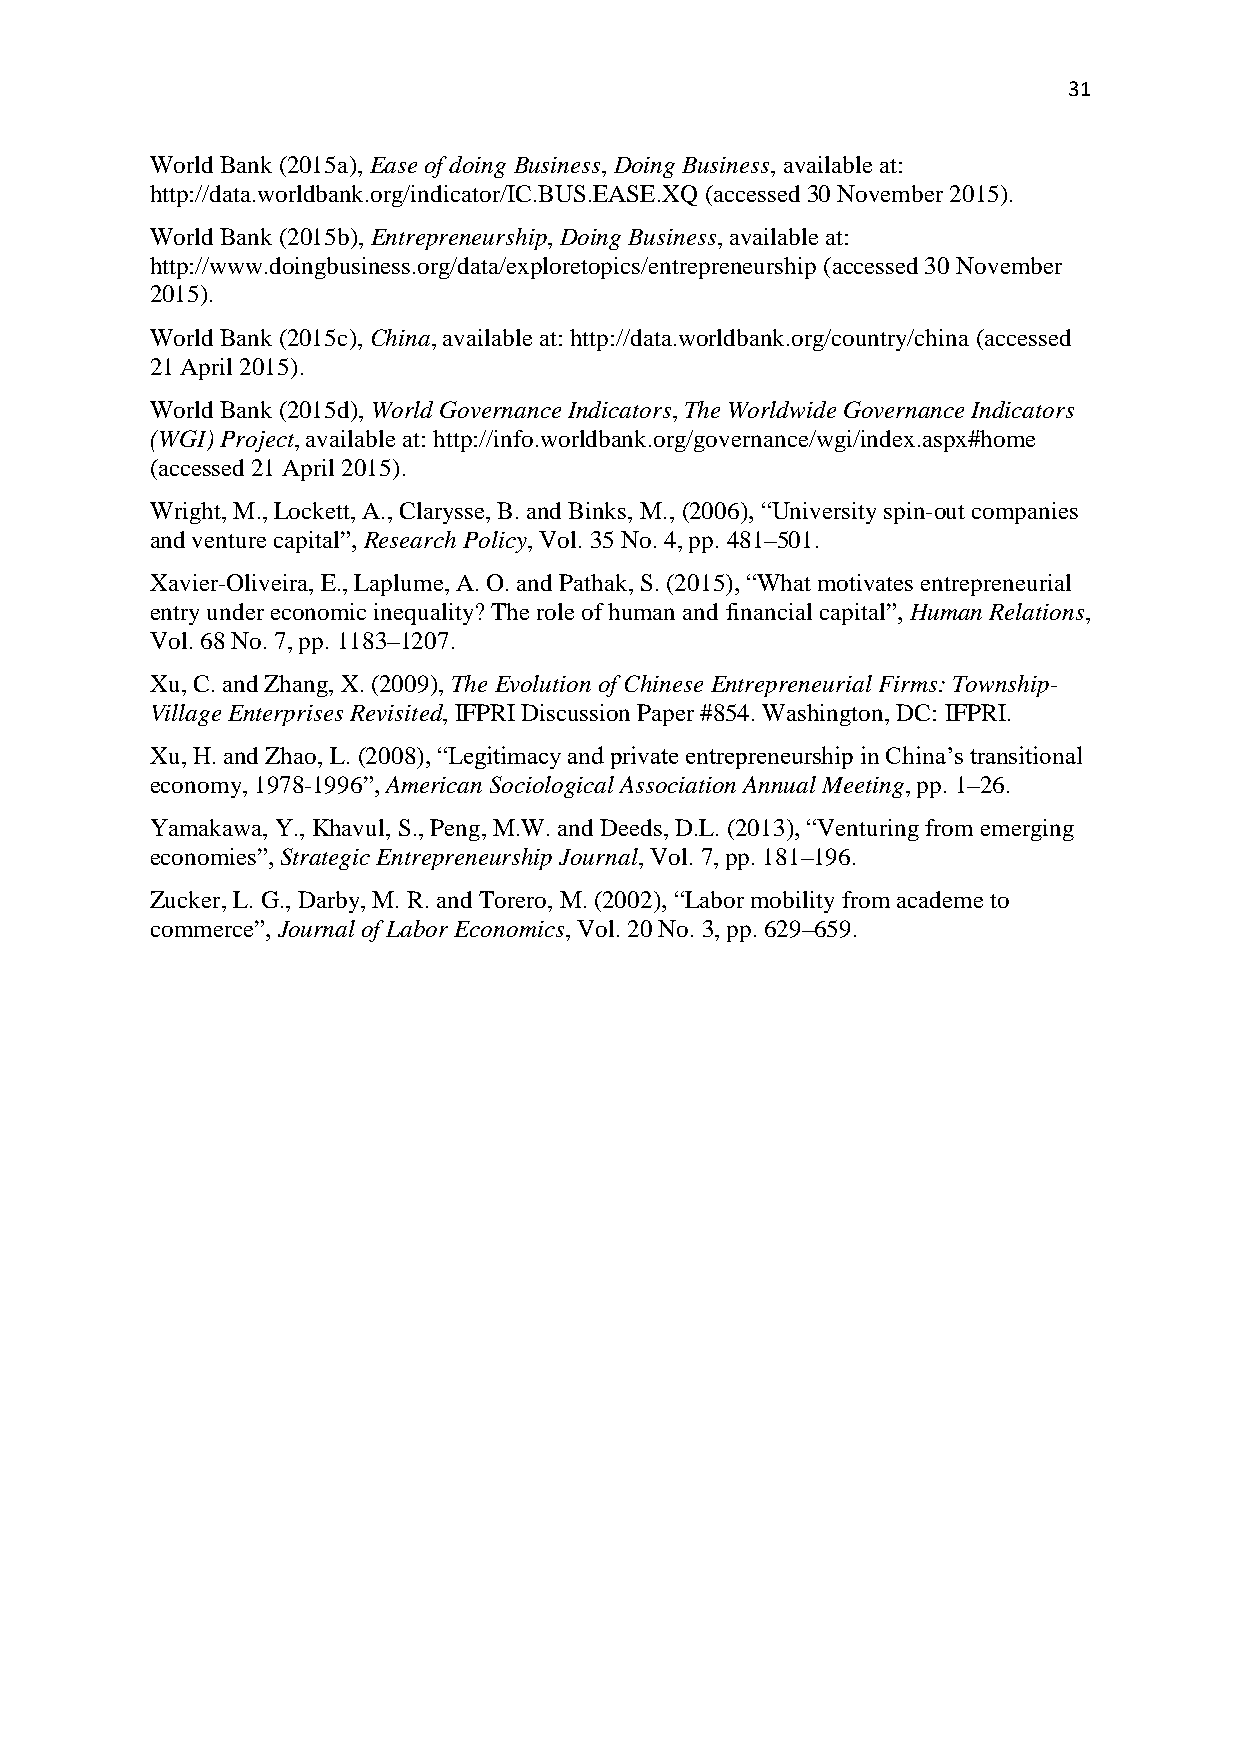
31
 World Bank (2015a), Ease of doing Business, Doing Business, available at:
 http://data.worldbank.org/indicator/IC.BUS.EASE.XQ (accessed 30 November 2015).
 World Bank (2015b), Entrepreneurship, Doing Business, available at:
 http://www.doingbusiness.org/data/exploretopics/entrepreneurship (accessed 30 November
 2015).
 World Bank (2015c), China, available at: http://data.worldbank.org/country/china (accessed
 21 April 2015).
 World Bank (2015d), World Governance Indicators, The Worldwide Governance Indicators
 (WGI) Project, available at: http://info.worldbank.org/governance/wgi/index.aspx#home
 (accessed 21 April 2015).
 Wright, M., Lockett, A., Clarysse, B. and Binks, M., (2006), “University spin-out companies
 and venture capital”, Research Policy, Vol. 35 No. 4, pp. 481–501.
 Xavier-Oliveira, E., Laplume, A. O. and Pathak, S. (2015), “What motivates entrepreneurial
 entry under economic inequality? The role of human and financial capital”, Human Relations,
 Vol. 68 No. 7, pp. 1183–1207.
 Xu, C. and Zhang, X. (2009), The Evolution of Chinese Entrepreneurial Firms: Township-
 Village Enterprises Revisited, IFPRI Discussion Paper #854. Washington, DC: IFPRI.
 Xu, H. and Zhao, L. (2008), “Legitimacy and private entrepreneurship in China’s transitional
 economy, 1978-1996”, American Sociological Association Annual Meeting, pp. 1–26.
 Yamakawa, Y., Khavul, S., Peng, M.W. and Deeds, D.L. (2013), “Venturing from emerging
 economies”, Strategic Entrepreneurship Journal, Vol. 7, pp. 181–196.
 Zucker, L. G., Darby, M. R. and Torero, M. (2002), “Labor mobility from academe to
 commerce”, Journal of Labor Economics, Vol. 20 No. 3, pp. 629–659.